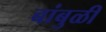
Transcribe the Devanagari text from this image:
बांबुळी